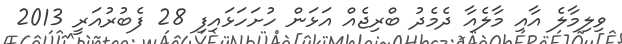
ވިލިމާލެ އާއި މާލެއާ ދެމެދު ބްރިޖެއް އަޅަން ހުށަހަޅައިފި 28 ފެބުރުއަރީ 2013